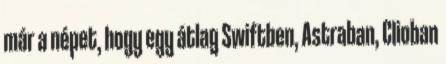
már a népet, hogy egy átlag Swiftben, Astraban, Clioban